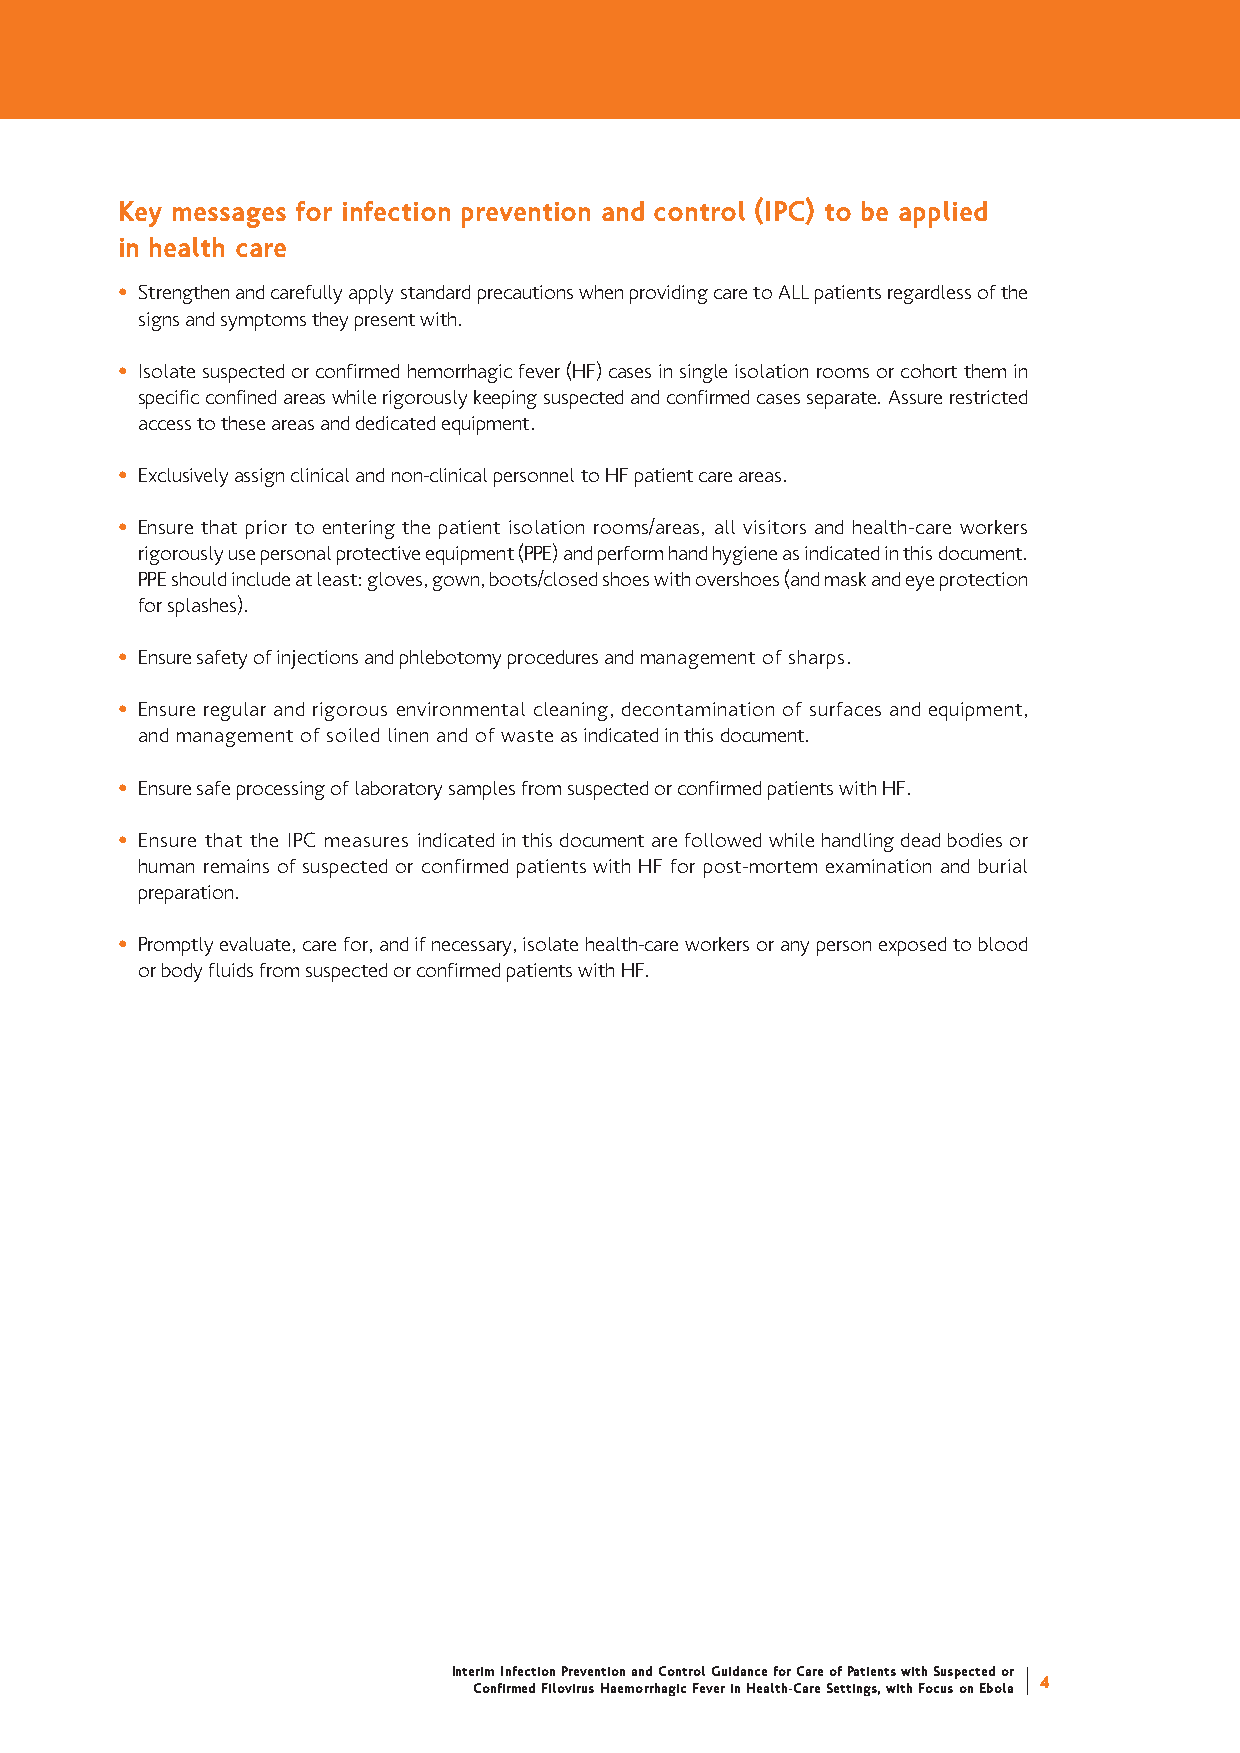
Key messages for infection prevention and control (IPC) to be applied
 in health care
 ñ Strengthen and carefully apply standard precautions when providing care to ALL patients regardless of the
 signs and symptoms they present with.
 ñ Isolate suspected or confirmed hemorrhagic fever (HF) cases in single isolation rooms or cohort them in
 specific confined areas while rigorously keeping suspected and confirmed cases separate. Assure restricted
 access to these areas and dedicated equipment.
 ñ Exclusively assign clinical and non-clinical personnel to HF patient care areas.
 ñ Ensure that prior to entering the patient isolation rooms/areas, all visitors and health-care workers
 rigorously use personal protective equipment (PPE) and perform hand hygiene as indicated in this document.
 PPE should include at least: gloves, gown, boots/closed shoes with overshoes (and mask and eye protection
 for splashes).
 ñ Ensure safety of injections and phlebotomy procedures and management of sharps.
 ñ Ensure regular and rigorous environmental cleaning, decontamination of surfaces and equipment,
 and management of soiled linen and of wasteas indicated in this document.
 ñ Ensure safe processing of laboratory samples from suspected or confirmed patients with HF.
 ñ Ensure that the IPC measures indicated in this document are followed while handling dead bodies or
 human remains of suspected or confirmed patients with HF for post-mortem examination and burial
 preparation.
 ñ Promptly evaluate, care for, and if necessary, isolate health-care workers or any person exposed to blood
 or body fluids from suspected or confirmed patients with HF.
 Interim Infection Prevention and Control Guidance for Care of Patients with Suspected or
 4
 Confirmed Filovirus Haemorrhagic Fever in Health-Care Settings, with Focus on Ebola